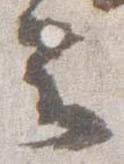
云